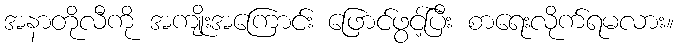
အနာတိုလီကို အကျိုးအကြောင်း ဖြောင်ဖွင့်ပြီး စာရေးလိုက်ရမလား။